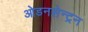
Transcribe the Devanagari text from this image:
ओडनसेन्ट्रन